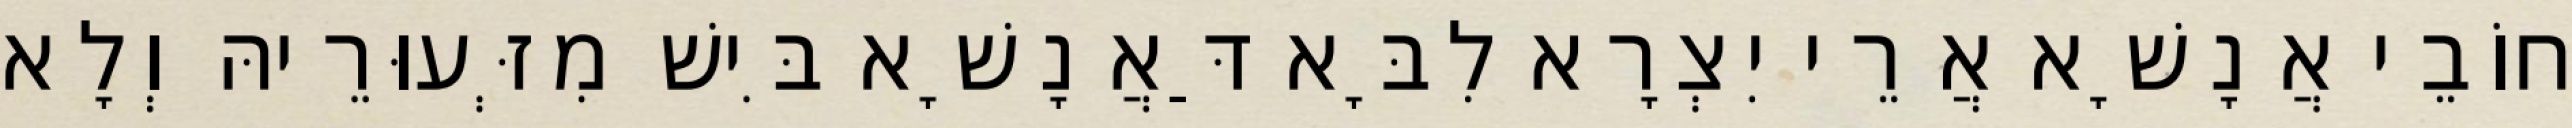
חוֹבֵי אֲנָשָׁא אֲרֵי יִצְרָא לִבָּא דַּאֲנָשָׁא בִּישׁ מִזְּעוּרֵיהּ וְלָא